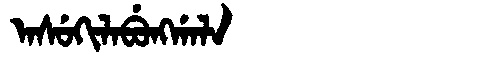
Manchu: ᠠᠰᡠᡴᡳᠯᠠᠪᡠᠩᡤᠠᠯᠠ
Romanization: ASUKILABUNGGALA